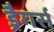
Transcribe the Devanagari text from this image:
ड्रैगर्स